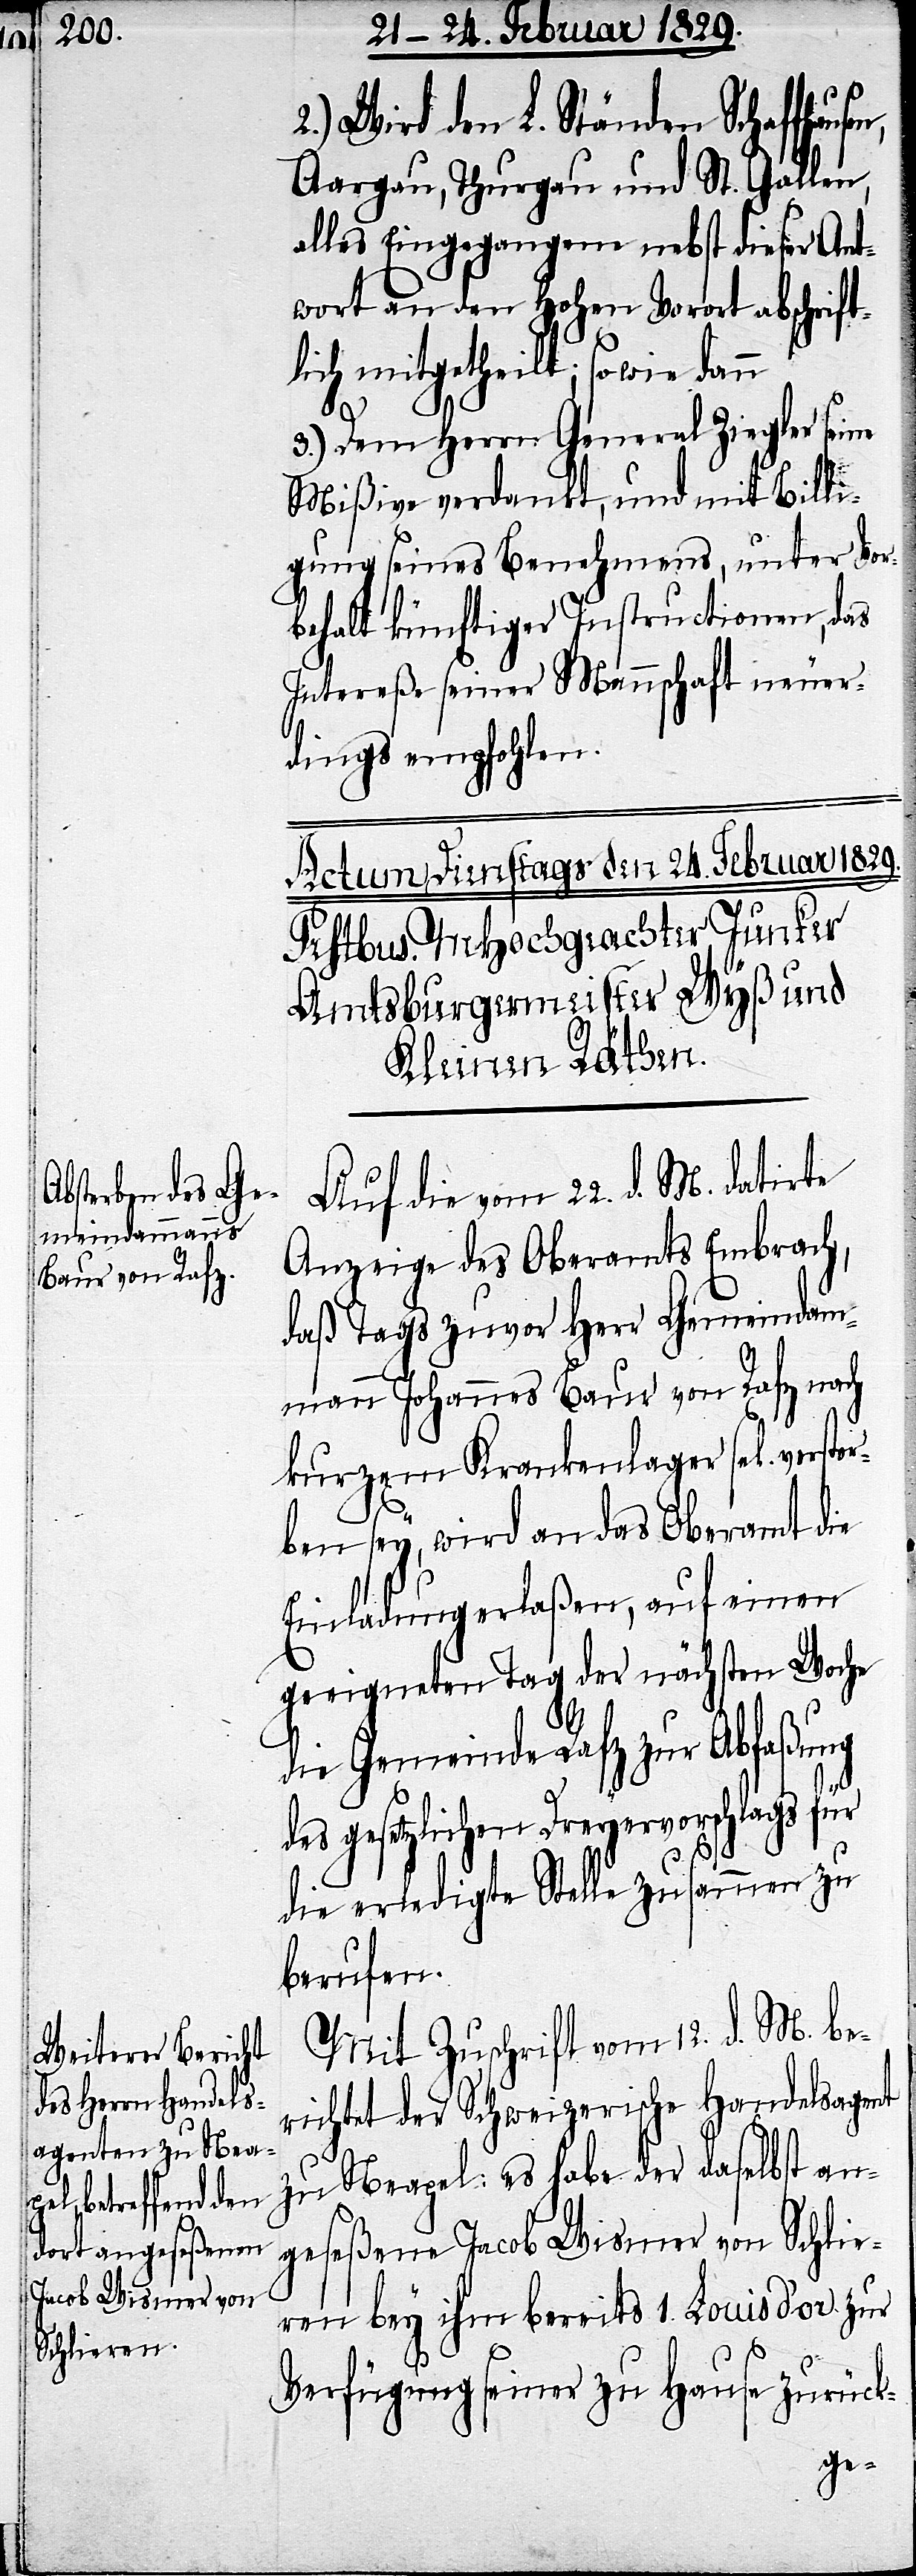
2.) Wird den L. Ständen Schaffhau¬
Aargau, Thurgau und St. Gallen,
alles Eingegangene nebst dieser Ant¬
wort an den Hohen Vorort abschrift¬
lich mitgetheilt; so wie dann
sen,
3.) Dem Herrn General Ziegler seine
Mißive verdankt, und mit Billi¬
gung seines Benehmens, unter Vor¬
behalt künftiger Instructionen, das
Intereße seiner Mannschaft neuer¬
dings empfohlen.
Auf die vom 22. d. M. datirte
Anzeige des Oberamts Embrach,
daß Tags zuvor Herr Gemeindam¬
mann Johannes Baur von Rafz nach
kurzem Krankenlager sel. versto¬
rben sey, wird an das Oberamt die
Einladung erlaßen, auf einen
geeigneten Tag der nächsten Woche
die Gemeinde Rafz zur Abfaßung
des gesetzlichen Dreyervorschlags für
die erledigte Stelle zusammen zu
berufen.
Mit Zuschrift vom 12. d. M. be¬
richtet der Schweizerische Handelsagent
zu Neapel: es habe der daselbst an¬
geseßene Jacob Wismer von Schlie¬
ren bey ihm bereits 1. Louis d’or zur
Verfügung seiner zu Hause zurück-